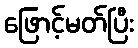
ဖြောင့်မတ်ပြီး